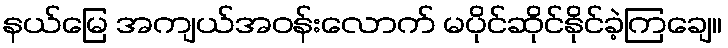
နယ်မြေ အကျယ်အဝန်းလောက် မပိုင်ဆိုင်နိုင်ခဲ့ကြချေ။